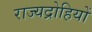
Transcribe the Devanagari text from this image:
राज्यद्रोहियों